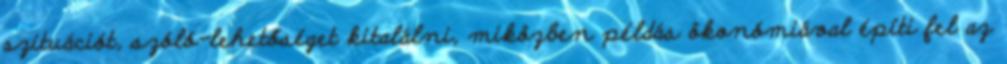
szituációt, szóló-lehetőséget kitalálni, miközben példás ökonómiával építi fel az